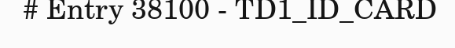
# Entry 38100 - TD1_ID_CARD